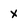
Character: x